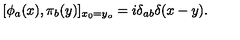
[ \phi _ { a } ( x ) , \pi _ { b } ( y ) ] _ { x _ { 0 } = y _ { o } } = i \delta _ { a b } \delta ( x - y ) .